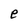
Character: e